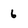
Character: 6